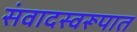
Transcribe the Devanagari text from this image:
संवादस्वरूपात